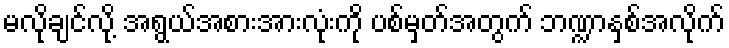
မလိုချင်လို့ အရွယ်အစားအားလုံးကို ပစ်မှတ်အတွက် ဘဏ္ဍာနှစ်အလိုက်